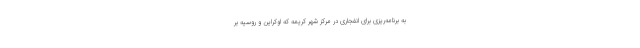
به برنامه‌ریزی برای انفجاری در مرکز شهر کریمه که اوکراین و روسیه بر